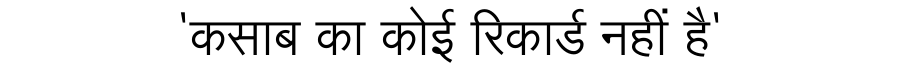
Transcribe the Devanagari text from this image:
'कसाब का कोई रिकार्ड नहीं है'